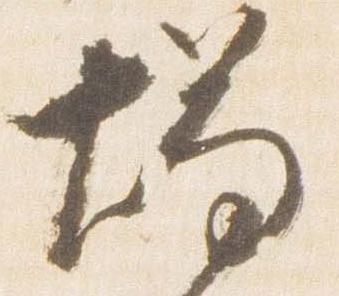
燭